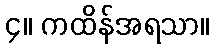
၄။ ကထိန်အရသာ။